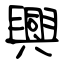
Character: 興